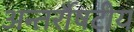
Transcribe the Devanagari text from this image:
अन्तर्रौषटीय